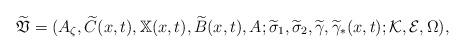
LaTeX: \begin{align*} \widetilde{\mathfrak{V}} = (A_\zeta, \widetilde C(x,t), \mathbb X(x,t), \widetilde B(x,t), A; \widetilde \sigma_1, \widetilde \sigma_2, \widetilde\gamma, \widetilde\gamma_*(x,t);\mathcal K,\mathcal E,\Omega),\end{align*}